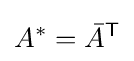
A^{*}={\bar {A}}^{\mathsf {T}}